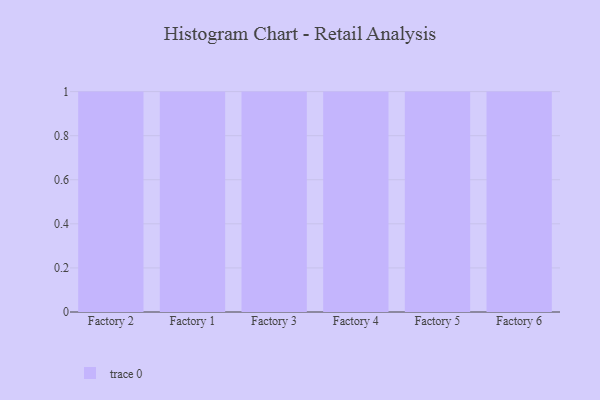
{"axis": {"x": "Factory", "y": "Inventory Turnover"}, "legend": [""], "data": [{"x": "Factory 2", "y": 60, "type": ""}, {"x": "Factory 1", "y": 32, "type": ""}, {"x": "Factory 3", "y": 1, "type": ""}, {"x": "Factory 4", "y": 34, "type": ""}, {"x": "Factory 5", "y": 81, "type": ""}, {"x": "Factory 6", "y": 56, "type": ""}]}